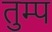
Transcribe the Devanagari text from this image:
तुम्प